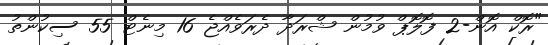
"ރޮކް އޮން-2 ފޮލޮޕް ވުމުން ޝްރަދާ ދެރަވެއްޖެ 16 މިނެޓް 55 ސިކުންތު